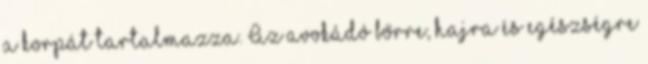
a korpát tartalmazza. Az avokádó bőrre, hajra és egészségre